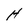
Character: H